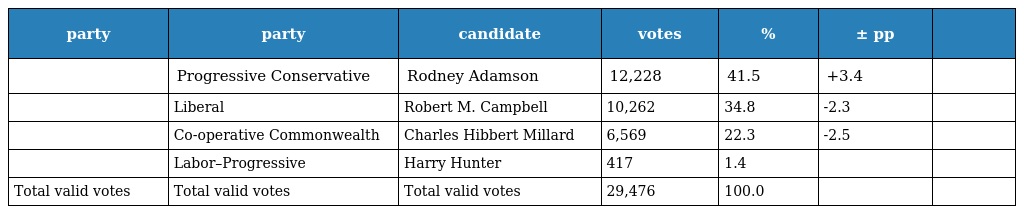
| party | party | candidate | votes | % | ± pp |  |
 | --- | --- | --- | --- | --- | --- | --- |
 |  | Progressive Conservative | Rodney Adamson | 12,228 | 41.5 | +3.4 |  |
 |  | Liberal | Robert M. Campbell | 10,262 | 34.8 | -2.3 |  |
 |  | Co-operative Commonwealth | Charles Hibbert Millard | 6,569 | 22.3 | -2.5 |  |
 |  | Labor–Progressive | Harry Hunter | 417 | 1.4 |  |  |
 | Total valid votes | Total valid votes | Total valid votes | 29,476 | 100.0 |  |  |